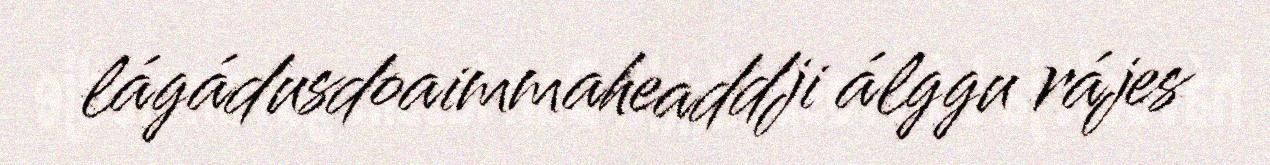
lágádusdoaimmaheaddji álggu rájes